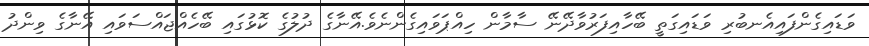
ވަޑައިގެންފައިއެނބުރި ވަޑައިގަތީ ބޭހާއިފަރުވާދޭނޭ ސާމާން ހިއްޕަވައިގެންނެވެ.އޭނާގެ ދުލުގެ ކޮޅުގައި ބޭހެއްޖައްސަވައި އޭނާގެ ވިންދު